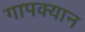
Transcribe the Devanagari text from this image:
गापक्यान